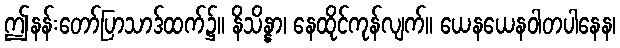
ဤနန်းတော်ပြာသာဒ်ထက်၌။ နိသိန္နာ၊ နေထိုင်ကုန်လျက်။ ယေနယေနဝါတပါနေန၊